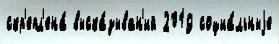
скр'епл'ена́ выска́зыван'ий 2019 социа́льныjе